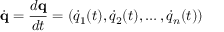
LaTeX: { \dot { \mathbf { q } } } = { \frac { d \mathbf { q } } { d t } } = ( { \dot { q } } _ { 1 } ( t ) , { \dot { q } } _ { 2 } ( t ) , \ldots , { \dot { q } } _ { n } ( t ) )